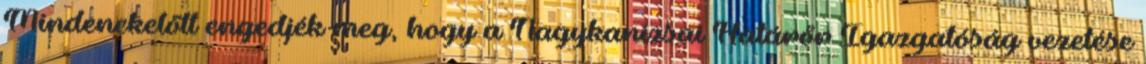
Mindenekelőtt engedjék meg, hogy a Nagykanizsai Határőr Igazgatóság vezetése